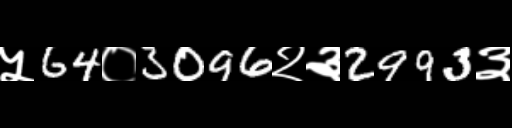
Text: ५64०3096२३2993३